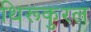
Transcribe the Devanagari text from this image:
थिरूकुरल